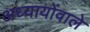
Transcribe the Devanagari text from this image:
अध्यायोंवाले